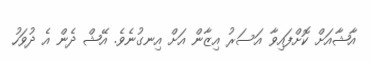
އާޝާއަށް ކޮށްފައިވާ އަސަރު އިޒާން އަށް އިނގުނެވެ. އޭޝް ދެން އެ ދުވަހު